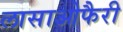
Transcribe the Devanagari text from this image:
लासाओफैरी